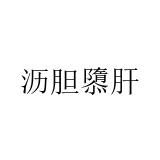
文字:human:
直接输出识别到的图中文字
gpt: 沥胆隳肝